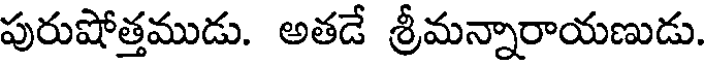
పురుషోత్తముడు. అతడే శ్రీమన్నారాయణుడు.